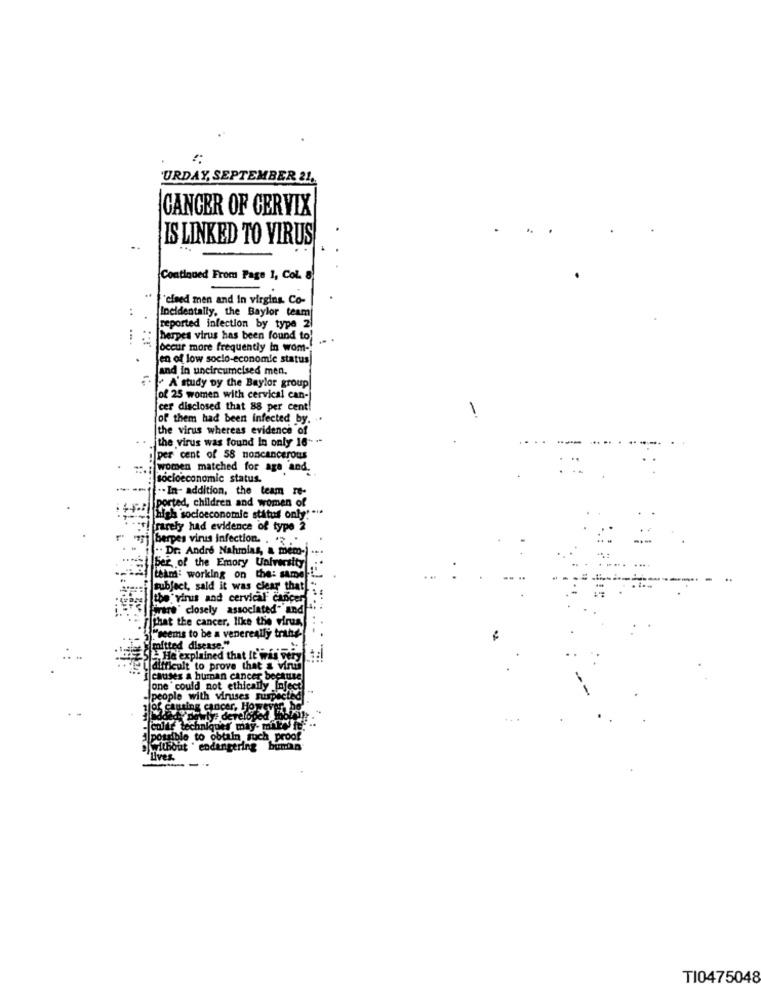
'URDAY, SEPTEMBER 21,
GANGER OF CERVIX
IS LINKED TO VIRUS
Continued From Page 1, Col. 8
"cised men and In virgins Co-
..
Incidentally, the Baylor team
reported infection by type 2)
id: herpes virus has been found to!
occur more frequently in wom -!
en of low socio-economic status)
Jand in uncircumcised men,
A' study by the Baylor group
of 25 women with cervical can-
[cer disclosed that 88 per cent!
-
of them had been infected by. ..
the virus whereas evidence of
the virus was found In only 16 -.-
per cent of 58 noncancerous
women matched for aga and.
socioeconomic status.
".In- addition, the team re-
ported, children and women of
[high socioeconomic status only" ***
rarely had evidence of type 2
herpes virus infection. . . ..
" Dr. Andre Nahmias, a memo-j
ber of the Emory University
team working on the: same
subject, said it was clear that!
the virus and cervical cancer
Firare closely associated"'and
that the cancer, like the virus,
"seems to be a venereally trahe-
mitted disease
25 -. He explained that it was veryda!
el difficult to prove that & virus
" i causes a human cancer because
one could not ethically Inject
-people with viruses suspecte
alof causing cancer, Honey
Powly: developed bbfor
...
culte technique may- mike .:
alpot
ble to obtain such proof
endangering bumba
Lives
TI0475048